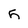
Character: 5